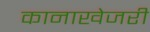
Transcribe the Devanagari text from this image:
कानाखेजरी